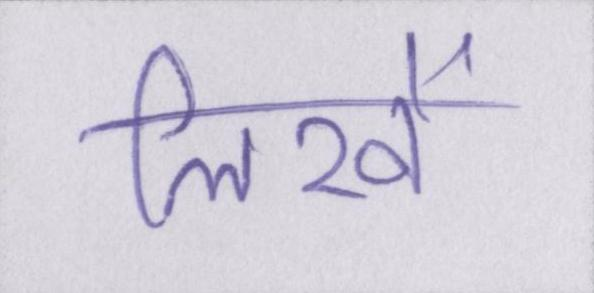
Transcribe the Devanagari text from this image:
लिखें